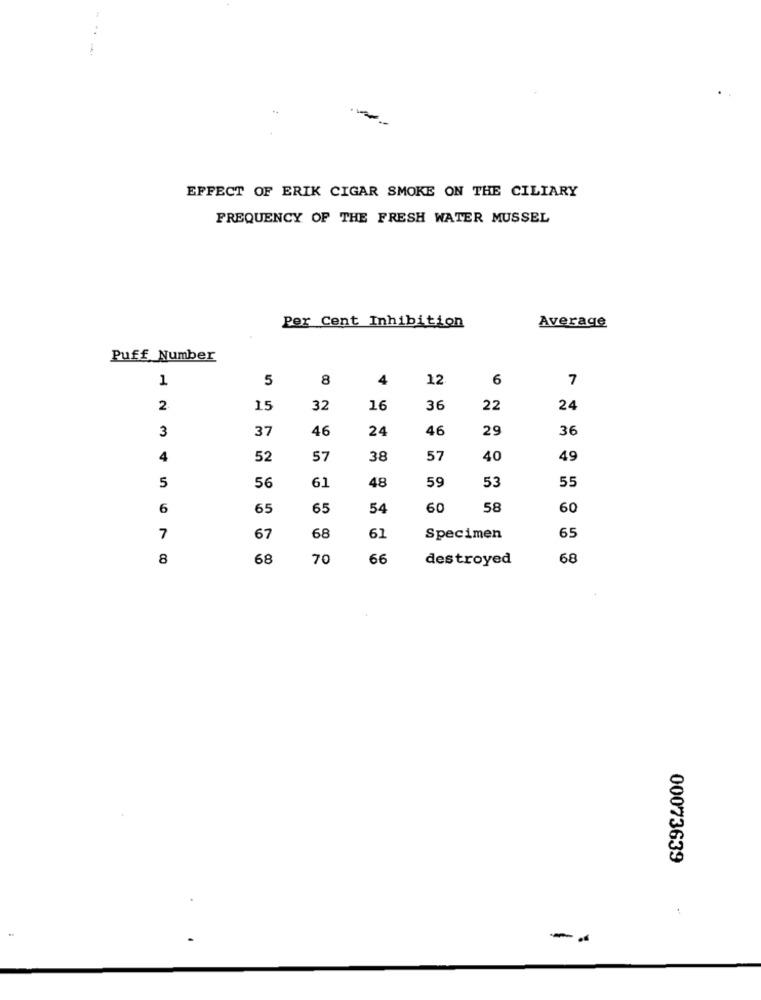
.-
EFFECT OF ERIK CIGAR SMOKE ON THE CILIARY
FREQUENCY OF THE FRESH WATER MUSSEL
Per Cent Inhibition
Average
Puff Number
1
5
8
4
12.
6
7
15
32
16
36
22
24
37
46
24
46
29
36
3
4
52
57
38
57
40
49
56
61
59
53
55
5
48
6
65
65
54
60
58
60
65
7
67
68
61
Specimen
8
68
70
66
destroyed
68
00073639
--